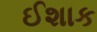
ઈશાક